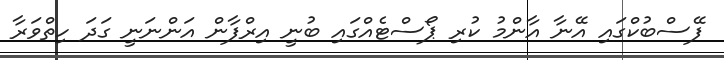
ފޭސްބުކްގައި އޭނާ އާންމު ކުރި ޕޯސްޓެއްގައި ބުނީ އިރްފާން އަންނަނީ ގަދަ ހިތްވަރާ